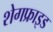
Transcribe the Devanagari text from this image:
शेगफ्राइड